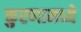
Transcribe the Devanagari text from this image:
कुरणामध्ये